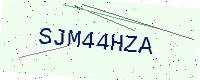
Text: SJM44HZA